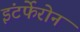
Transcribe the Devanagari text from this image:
इंटर्फेरोन